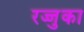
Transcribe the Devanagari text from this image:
रज्जुका